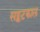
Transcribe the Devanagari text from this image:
सङ्कटकाल